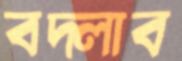
বদ্‌লাব